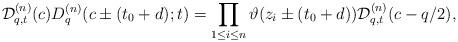
LaTeX: \begin{gather*} {\cal D}^{(n)}_{q,t}(c) D^{(n)}_q(c\pm (t_0+d);t) = \prod_{1\le i\le n} \vartheta(z_i\pm (t_0+d)) {\cal D}^{(n)}_{q,t}(c-q/2), \end{gather*}